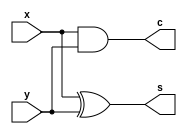
`timescale 1ns / 1ps

module halfadder(s,c,x,y);
input x,y;
output s,c;
xor x1(s,x,y);
and x2(c,x,y);

endmodule